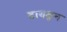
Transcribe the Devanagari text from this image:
टायकून